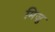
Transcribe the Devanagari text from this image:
मिज़ु